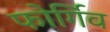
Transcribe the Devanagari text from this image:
फोर्गिव